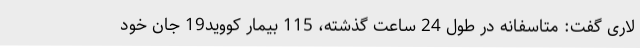
لاری گفت: متاسفانه در طول 24 ساعت گذشته، 115 بیمار کووید19 جان خود